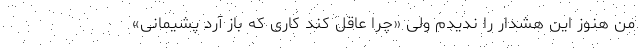
من هنوز این هشدار را ندیدم ولی «چرا عاقل کند کاری که باز آرد پشیمانی»